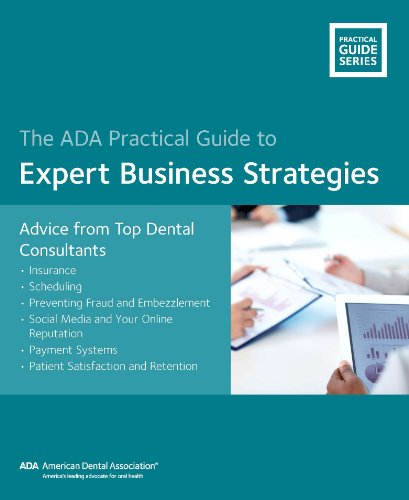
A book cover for The ADA Practical Guide to Expert Business Strategies: Advice from Top Dental Consultants; American Dental Association; Medical Books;